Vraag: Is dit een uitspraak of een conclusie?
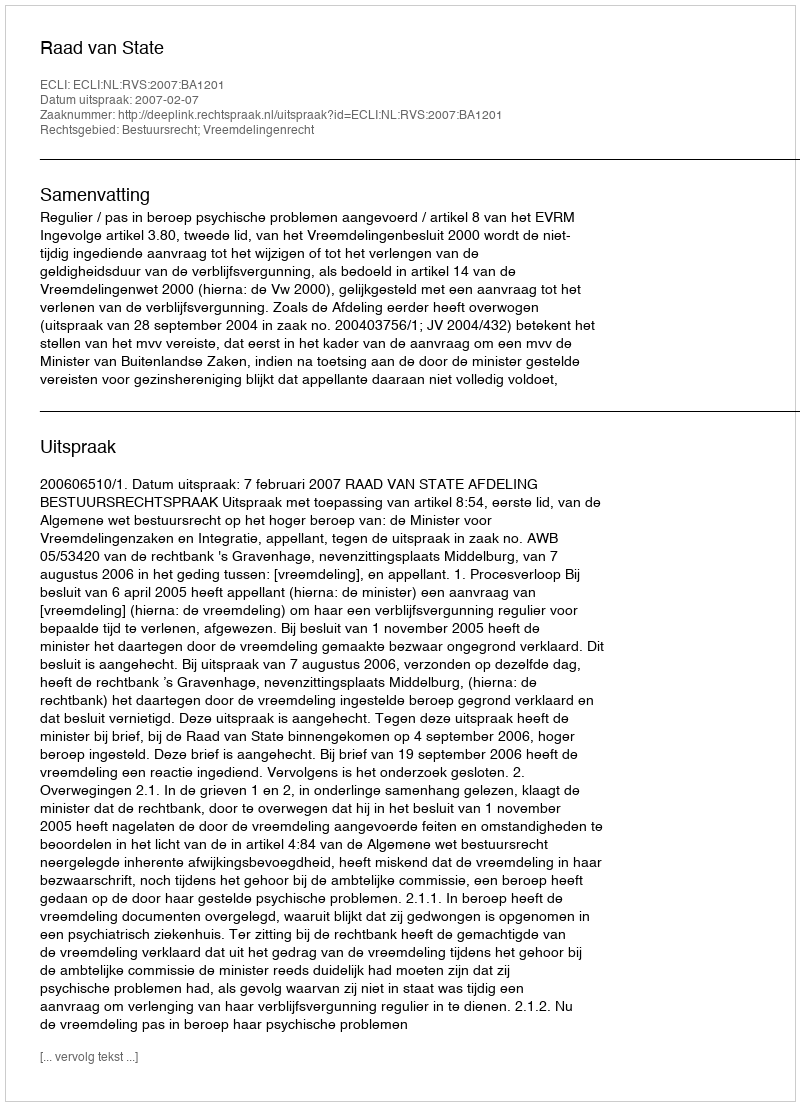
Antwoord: Uitspraak